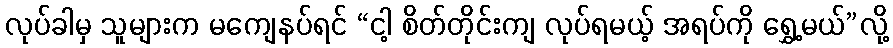
လုပ်ခါမှ သူများက မကျေနပ်ရင် “ငါ့ စိတ်တိုင်းကျ လုပ်ရမယ့် အရပ်ကို ရွှေ့မယ်”လို့